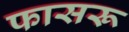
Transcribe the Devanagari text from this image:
फासरू